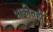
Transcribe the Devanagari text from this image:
भाकीतही